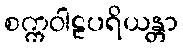
စက္ကဝါဠပရိယန္တာ